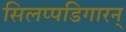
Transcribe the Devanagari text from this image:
सिलप्पडिगारन्